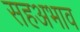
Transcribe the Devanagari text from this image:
सहअभाव